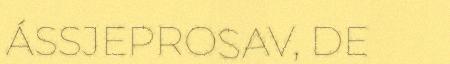
ÁSSJEPROSAV, DE